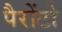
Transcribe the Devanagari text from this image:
पैरोंटो